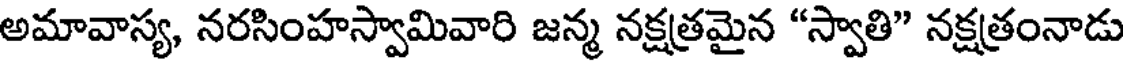
అమావాస్య, నరసింహస్వామివారి జన్మ నక్షత్రమైన "స్వాతి" నక్షత్రంనాడు